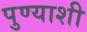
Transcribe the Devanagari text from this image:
पुण्याशी